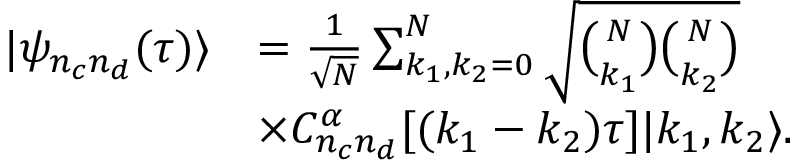
\begin{array} { r l } { | { \psi } _ { n _ { c } n _ { d } } ( \tau ) \rangle } & { = \frac { 1 } { \sqrt { \cal N } } \sum _ { k _ { 1 } , k _ { 2 } = 0 } ^ { N } \sqrt { { \binom { N } { k _ { 1 } } } { \binom { N } { k _ { 2 } } } } } \\ & { \times C _ { n _ { c } n _ { d } } ^ { \alpha } [ ( k _ { 1 } - k _ { 2 } ) \tau ] | k _ { 1 } , k _ { 2 } \rangle . } \end{array}